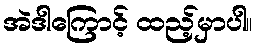
အဲဒါကြောင့် ထည့်မှာပါ။